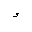
Letter: _hamza